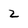
Character: 2